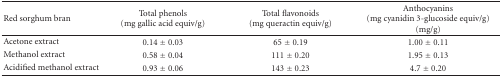
<table><thead><tr><td><b> Red sorghum bran</b></td><td><b>Total phenols (mg gallic acid equiv/g)</b></td><td><b>Total flavonoids (mg queractin equiv/g)</b></td><td><b>Anthocyanins (mg cyanidin 3-glucoside equiv/g) (mg/g)</b></td></tr></thead><tbody><tr><td>Acetone extract</td><td>0.14 ± 0.03</td><td>65 ± 0.19</td><td>1.00 ± 0.11</td></tr><tr><td>Methanol extract</td><td>0.58 ± 0.04</td><td>111 ± 0.20</td><td>1.95 ± 0.13</td></tr><tr><td>Acidified methanol extract</td><td>0.93 ± 0.06</td><td>143 ± 0.23</td><td>4.7 ± 0.20</td></tr></tbody></table>